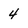
Character: 4